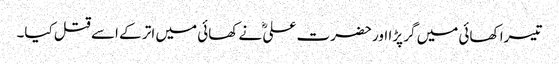
تیسرا کھائی میں گر پڑا اور حضرت علیؓ نے کھائی میں اتر کے اسے قتل کیا۔